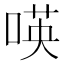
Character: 𠸄